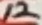
Text: 12